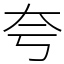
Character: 夸